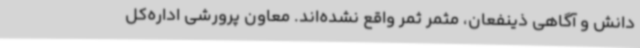
دانش و آگاهی ذینفعان، مثمر ثمر واقع نشده‌اند. معاون پرورشی اداره‌کل